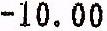
-10.00